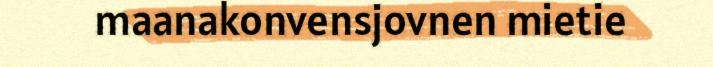
maanakonvensjovnen mietie